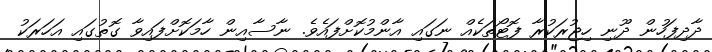
ދާދިފަހުން ދޫނި ހިޖުރަކުރާ ފޮޓޯތަކެއް ނަގައި އާންމުކޮށްފައެވެ. ނާސާއިން ހާމަކޮށްފައިވާ ގޮތުގައި އަހަރަކު